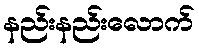
နည်းနည်းလောက်